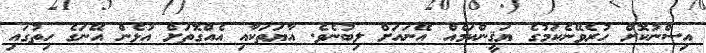
އިސްނުކޮށް ހުރެވޭނެކަމުގެ ޔަޤީންކަމެއް އޭނައަށް ލިބުނެވެ. އާޔަތަކާއި އެއްގޮތަށް އުޅެން އޭނަގެ ހިތުގައި